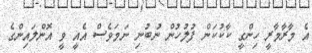
އެ މާރާމާރީ ހިންގީ ކާކުކަން ފުލުހުން ނުބުނި ނަމަވެސް އެއީ ވީ އޮންލައިންގެ